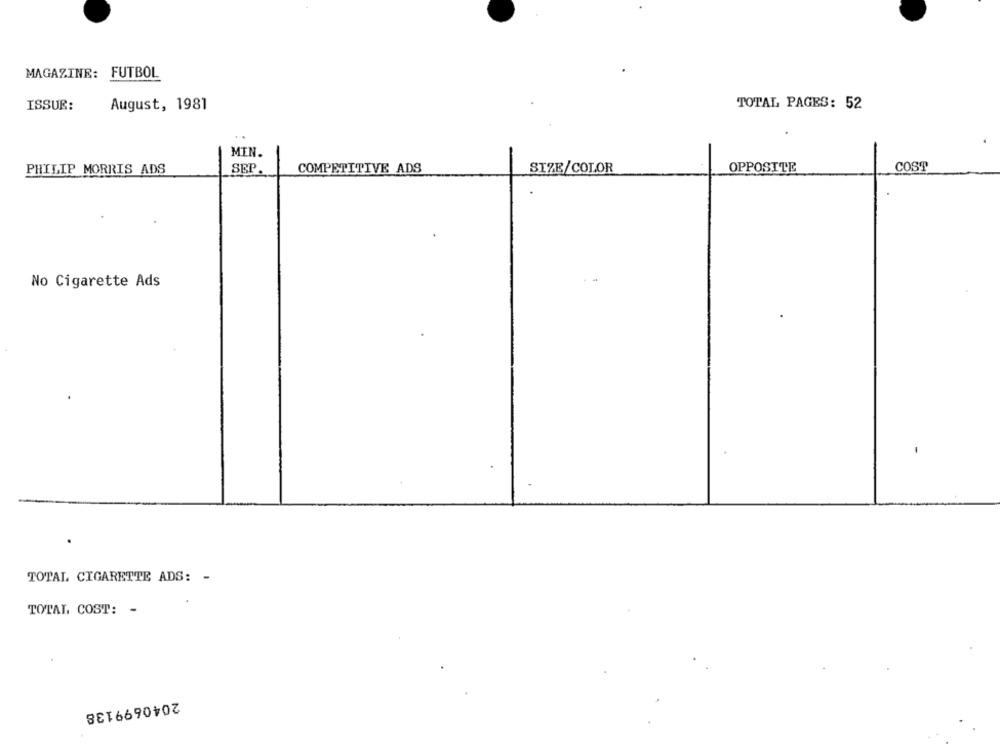
MAGAZINE: FUTBOL
August, 1981
TOTAL PAGES: 52
ISSUE:
..
MIN.
PHILIP MORRIS ADS
SEP
COMPETITIVE ADS
SIZE/COLOR
OPPOSITE
COST
No Cigarette Ads
.
TOTAL CIGARETTE ADS: -
TOTAL COST: -
2040699138